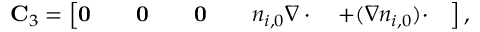
\begin{array} { r } { \mathbf { C } _ { 3 } = \left[ \mathbf { 0 } \qquad \mathbf { 0 } \qquad \mathbf { 0 } \qquad n _ { i , 0 } \nabla \cdot \quad + ( \nabla n _ { i , 0 } ) \cdot \quad \right] , } \end{array}